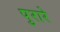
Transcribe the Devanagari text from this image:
पुरारे